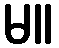
မ။